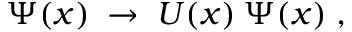
\Psi ( x ) \; \rightarrow \; U ( x ) \: \Psi ( x ) \; ,